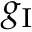
g _ { \mathrm { I } }